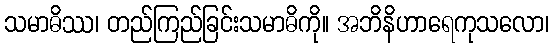
သမာဓိဿ၊ တည်ကြည်ခြင်းသမာဓိကို။ အဘိနိဟာရေကုသလော၊